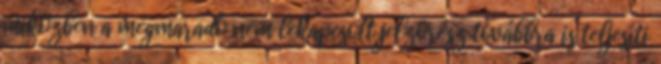
miközben a megmaradó nem lekapcsolt jelzõrész továbbra is teljesíti